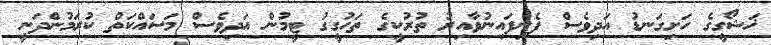
ޚަޝޯގީގެ ހަށިގަނޑު އަދިވެސް ފެނިފައިނުވާއިރު ތުރުކީގެ ތަހުގީގު ޓީމުން އަދިވެސް މަސައްކަތް ކުރަމުންދަނީ